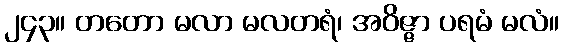
၂၄၃။ တတော မလာ မလတရံ၊ အဝိဇ္ဇာ ပရမံ မလံ။